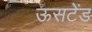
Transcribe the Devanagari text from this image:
ऊसटेंड